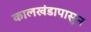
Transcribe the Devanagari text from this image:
कालखंडापासुन